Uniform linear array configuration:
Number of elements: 64
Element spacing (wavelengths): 1
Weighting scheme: cosine
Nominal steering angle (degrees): -60
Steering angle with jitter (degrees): -58.338
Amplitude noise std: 0.05
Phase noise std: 0.05

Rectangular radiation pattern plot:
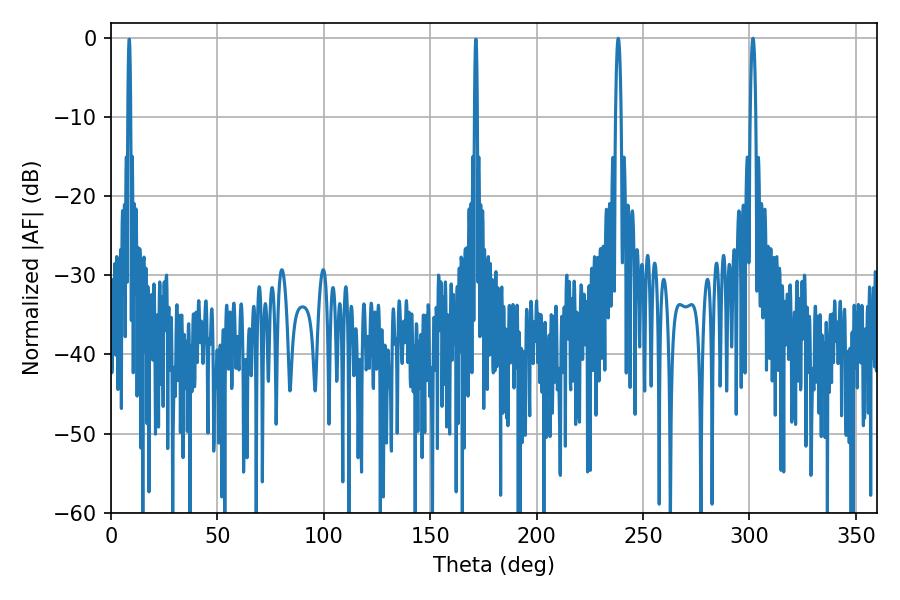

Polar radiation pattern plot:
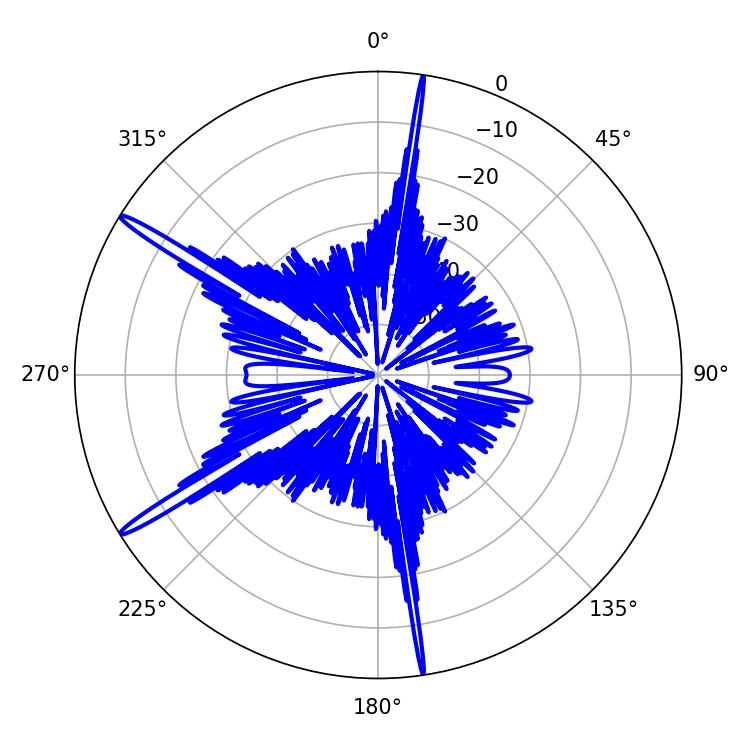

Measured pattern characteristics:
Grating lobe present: TRUE
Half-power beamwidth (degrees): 1.44
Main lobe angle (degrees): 238.32